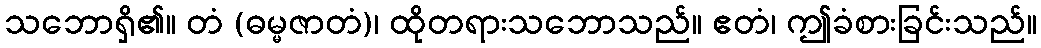
သဘောရှိ၏။ တံ (ဓမ္မဇာတံ)၊ ထိုတရားသဘောသည်။ ဧတံ၊ ဤခံစားခြင်းသည်။